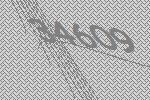
34609